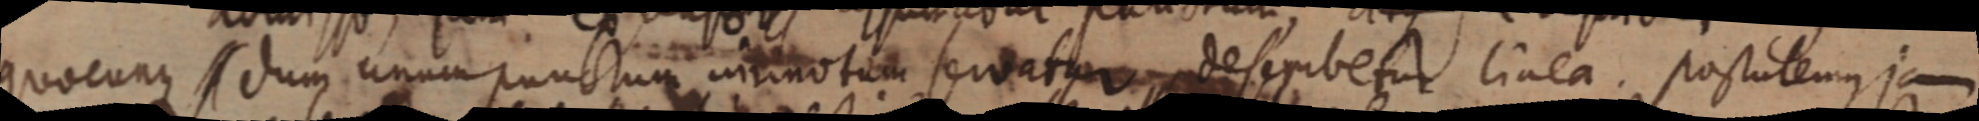
quocunque dum unum punctum immotum servatur describetur linea. Postutemus jam